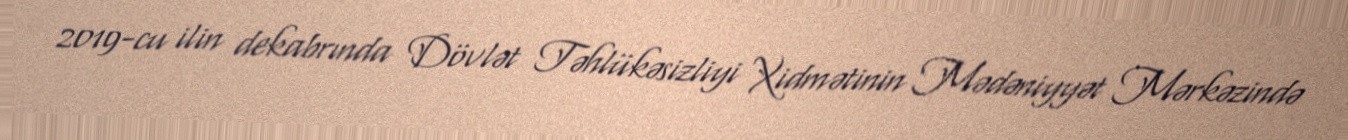
2019-cu ilin dekabrında Dövlət Təhlükəsizliyi Xidmətinin Mədəniyyət Mərkəzində